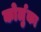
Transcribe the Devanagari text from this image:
कोर्लुका